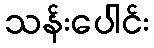
သန်းပေါင်း